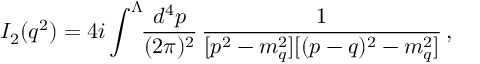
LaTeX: I _ { 2 } ( q ^ { 2 } ) = 4 i \int ^ { \Lambda } \! \! { \frac { d ^ { 4 } p } { ( 2 \pi ) ^ { 2 } } } \, { \frac { 1 } { [ p ^ { 2 } - m _ { q } ^ { 2 } ] [ ( p - q ) ^ { 2 } - m _ { q } ^ { 2 } ] } } \, ,